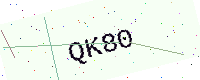
Text: QK80